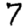
Digit: 7